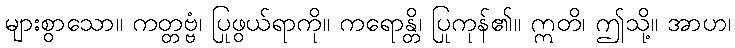
များစွာသော။ ကတ္တဗ္ဗံ၊ ပြုဖွယ်ရာကို။ ကရောန္တိ၊ ပြုကုန်၏။ ဣတိ၊ ဤသို့။ အာဟ၊